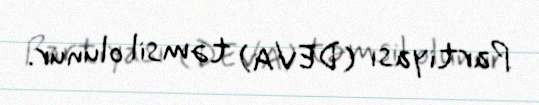
Partiyası (DEVA) təmsil olunur.